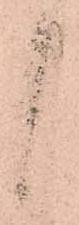
候